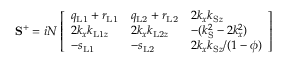
\mathbf { S } ^ { + } = i N \left[ \begin{array} { l l l } { q _ { \mathrm { L 1 } } + r _ { \mathrm { L 1 } } } & { q _ { \mathrm { L 2 } } + r _ { \mathrm { L 2 } } } & { 2 k _ { x } k _ { \mathrm { S } z } } \\ { 2 k _ { x } k _ { \mathrm { L 1 } z } } & { 2 k _ { x } k _ { \mathrm { L 2 } z } } & { - ( k _ { \mathrm { S } } ^ { 2 } - 2 k _ { x } ^ { 2 } ) } \\ { - s _ { \mathrm { L 1 } } } & { - s _ { \mathrm { L 2 } } } & { 2 k _ { x } k _ { \mathrm { S } z } / ( 1 - \phi ) } \end{array} \right]